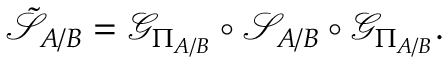
\tilde { \mathcal { S } } _ { A / B } = \mathcal { G } _ { \Pi _ { A / B } } \circ \mathcal { S } _ { A / B } \circ \mathcal { G } _ { \Pi _ { A / B } } .